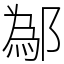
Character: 鄬